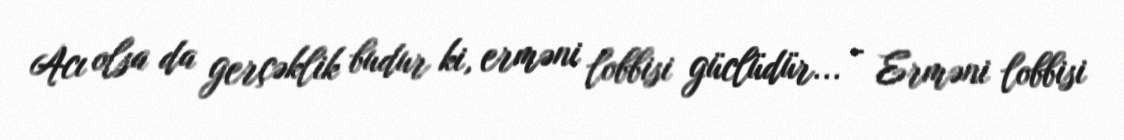
Acı olsa da gerçəklik budur ki, erməni lobbisi güclüdür... - Erməni lobbisi